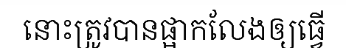
នោះត្រូវបានផ្អាកលែងឲ្យធ្វើ